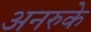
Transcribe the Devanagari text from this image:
अनरुके